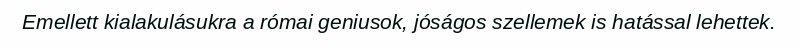
Emellett kialakulásukra a római geniusok, jóságos szellemek is hatással lehettek.